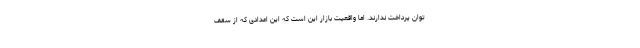
توان پرداخت ندارند. اما واقعیت بازار این است که این اعدادی که از سقف